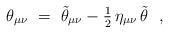
\begin{align*}\theta_{\mu\nu}~=~\tilde{\theta}_{\mu\nu} - {\textstyle{1\over 2}} \, \eta_{\mu\nu} \, \tilde{\theta}~~, \end{align*}